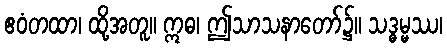
ဧဝံတထာ၊ ထို့အတူ။ ဣဓ၊ ဤသာသနာတော်၌။ သဒ္ဓမ္မဿ၊